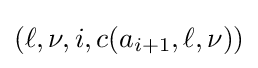
(\ell ,\nu ,i,c(a_{i+1},\ell ,\nu ))